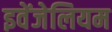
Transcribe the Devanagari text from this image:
इवेंजेलियम